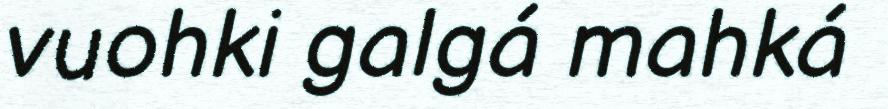
vuohki galgá mahká